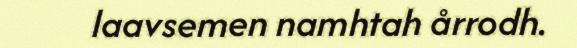
laavsemen namhtah årrodh.